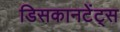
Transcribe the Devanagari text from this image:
डिसकानटेंट्स